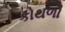
કોથળો